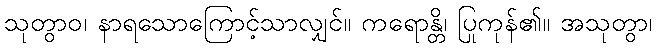
သုတွာဝ၊ နာရသောကြောင့်သာလျှင်။ ကရောန္တိ၊ ပြုကုန်၏။ အသုတွာ၊